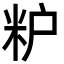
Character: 粐